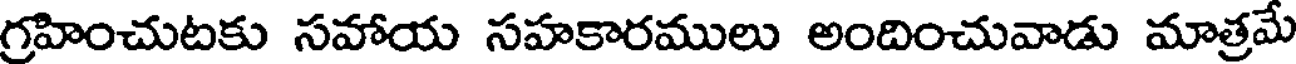
గ్రహించుటకు సహాయ సహకారములు అందించువాడు మాత్రమే